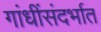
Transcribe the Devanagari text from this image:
गांधींसंदर्भात